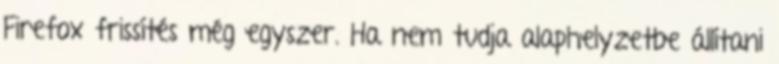
Firefox frissítés még egyszer. Ha nem tudja alaphelyzetbe állítani